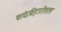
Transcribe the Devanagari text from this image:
चांदबिहारीलाल